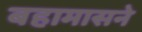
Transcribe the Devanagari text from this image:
बहामासने